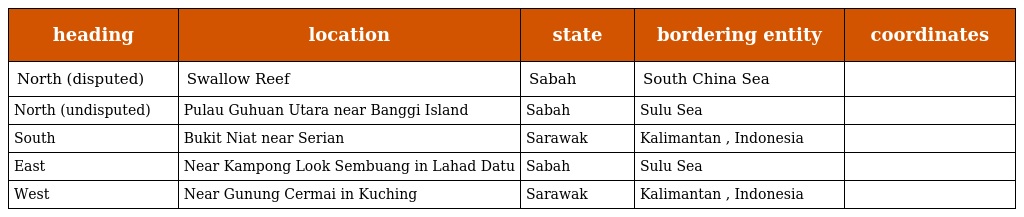
| heading | location | state | bordering entity | coordinates |
 | --- | --- | --- | --- | --- |
 | North (disputed) | Swallow Reef | Sabah | South China Sea |  |
 | North (undisputed) | Pulau Guhuan Utara near Banggi Island | Sabah | Sulu Sea |  |
 | South | Bukit Niat near Serian | Sarawak | Kalimantan , Indonesia |  |
 | East | Near Kampong Look Sembuang in Lahad Datu | Sabah | Sulu Sea |  |
 | West | Near Gunung Cermai in Kuching | Sarawak | Kalimantan , Indonesia |  |